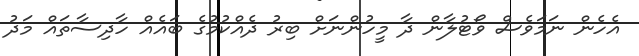
އެހެން ނަމަވެސް ވޯޓުލާން ދާ މީހުންނަށް ބިރު ދެއްކުމުގެ ބައެއް ހާދިސާތައް މަދު